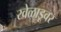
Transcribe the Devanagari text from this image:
खेळाडूवर